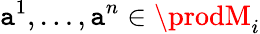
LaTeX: \mathtt{a}^{1},\ldots,\mathtt{a}^{n}\in\prodM_{i}